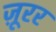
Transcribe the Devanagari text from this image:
ज़ूरर